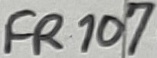
Text: FR107